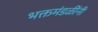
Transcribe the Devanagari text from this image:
भक्तमंडळींनी